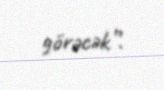
görəcək”.